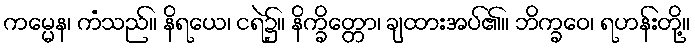
ကမ္မေန၊ ကံသည်။ နိရယေ၊ ငရဲ၌။ နိက္ခိတ္တော၊ ချထားအပ်၏။ ဘိက္ခဝေ၊ ရဟန်းတို့။